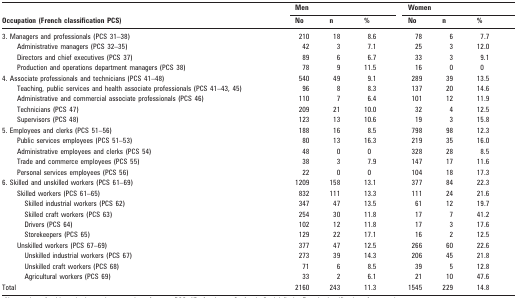
<table><thead><tr><td rowspan="2"><b>Occupation (French classification PCS)</b></td><td colspan="3"><b>Men</b></td><td colspan="3"><b>Women</b></td></tr><tr><td><b>No</b></td><td><b>n</b></td><td><b>%</b></td><td><b>No</b></td><td><b>n</b></td><td><b>%</b></td></tr></thead><tbody><tr><td>3. Managers and professionals (PCS 31–38)</td><td>210</td><td>18</td><td>8.6</td><td>78</td><td>6</td><td>7.7</td></tr><tr><td>Administrative managers (PCS 32–35)</td><td>42</td><td>3</td><td>7.1</td><td>25</td><td>3</td><td>12.0</td></tr><tr><td>Directors and chief executives (PCS 37)</td><td>89</td><td>6</td><td>6.7</td><td>33</td><td>3</td><td>9.1</td></tr><tr><td>Production and operations department managers (PCS 38)</td><td>78</td><td>9</td><td>11.5</td><td>16</td><td>0</td><td>0</td></tr><tr><td>4. Associate professionals and technicians (PCS 41–48)</td><td>540</td><td>49</td><td>9.1</td><td>289</td><td>39</td><td>13.5</td></tr><tr><td>Teaching, public services and health associate professionals (PCS 41–43, 45)</td><td>96</td><td>8</td><td>8.3</td><td>137</td><td>20</td><td>14.6</td></tr><tr><td>Administrative and commercial associate professionals (PCS 46)</td><td>110</td><td>7</td><td>6.4</td><td>101</td><td>12</td><td>11.9</td></tr><tr><td>Technicians (PCS 47)</td><td>209</td><td>21</td><td>10.0</td><td>32</td><td>4</td><td>12.5</td></tr><tr><td>Supervisors (PCS 48)</td><td>123</td><td>13</td><td>10.6</td><td>19</td><td>3</td><td>15.8</td></tr><tr><td>5. Employees and clerks (PCS 51–56)</td><td>188</td><td>16</td><td>8.5</td><td>798</td><td>98</td><td>12.3</td></tr><tr><td>Public services employees (PCS 51–53)</td><td>80</td><td>13</td><td>16.3</td><td>219</td><td>35</td><td>16.0</td></tr><tr><td>Administrative employees and clerks (PCS 54)</td><td>48</td><td>0</td><td>0</td><td>328</td><td>28</td><td>8.5</td></tr><tr><td>Trade and commerce employees (PCS 55)</td><td>38</td><td>3</td><td>7.9</td><td>147</td><td>17</td><td>11.6</td></tr><tr><td>Personal services employees (PCS 56)</td><td>22</td><td>0</td><td>0</td><td>104</td><td>18</td><td>17.3</td></tr><tr><td>6. Skilled and unskilled workers (PCS 61–69)</td><td>1209</td><td>158</td><td>13.1</td><td>377</td><td>84</td><td>22.3</td></tr><tr><td>Skilled workers (PCS 61–65)</td><td>832</td><td>111</td><td>13.3</td><td>111</td><td>24</td><td>21.6</td></tr><tr><td>Skilled industrial workers (PCS 62)</td><td>347</td><td>47</td><td>13.5</td><td>61</td><td>12</td><td>19.7</td></tr><tr><td>Skilled craft workers (PCS 63)</td><td>254</td><td>30</td><td>11.8</td><td>17</td><td>7</td><td>41.2</td></tr><tr><td>Drivers (PCS 64)</td><td>102</td><td>12</td><td>11.8</td><td>17</td><td>3</td><td>17.6</td></tr><tr><td>Storekeepers (PCS 65)</td><td>129</td><td>22</td><td>17.1</td><td>16</td><td>2</td><td>12.5</td></tr><tr><td>Unskilled workers (PCS 67–69)</td><td>377</td><td>47</td><td>12.5</td><td>266</td><td>60</td><td>22.6</td></tr><tr><td>Unskilled industrial workers (PCS 67)</td><td>273</td><td>39</td><td>14.3</td><td>206</td><td>45</td><td>21.8</td></tr><tr><td>Unskilled craft workers (PCS 68)</td><td>71</td><td>6</td><td>8.5</td><td>39</td><td>5</td><td>12.8</td></tr><tr><td>Agricultural workers (PCS 69)</td><td>33</td><td>2</td><td>6.1</td><td>21</td><td>10</td><td>47.6</td></tr><tr><td>Total</td><td>2160</td><td>243</td><td>11.3</td><td>1545</td><td>229</td><td>14.8</td></tr></tbody></table>